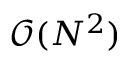
\mathcal { O } ( N ^ { 2 } )